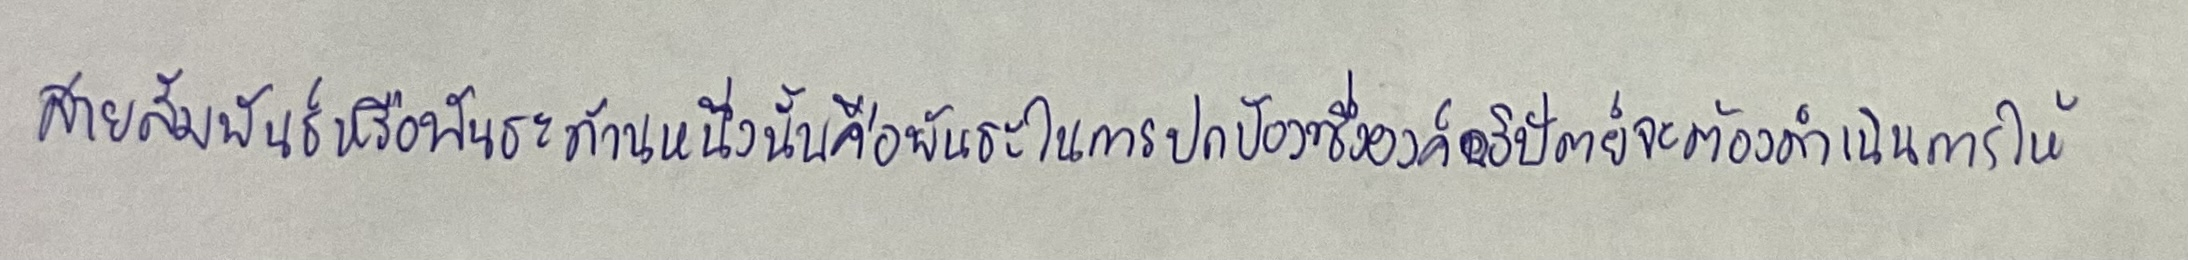
สายสัมพันธ์หรือพันธะด้านหนึ่งนั้นคือพันธะในการปกป้องซึ่งองค์อธิปัตย์จะต้องดำเนินการให้